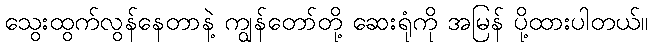
သွေးထွက်လွန်နေတာနဲ့ ကျွန်တော်တို့ ဆေးရုံကို အမြန် ပို့ထားပါတယ်။